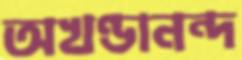
অখণ্ডানন্দ